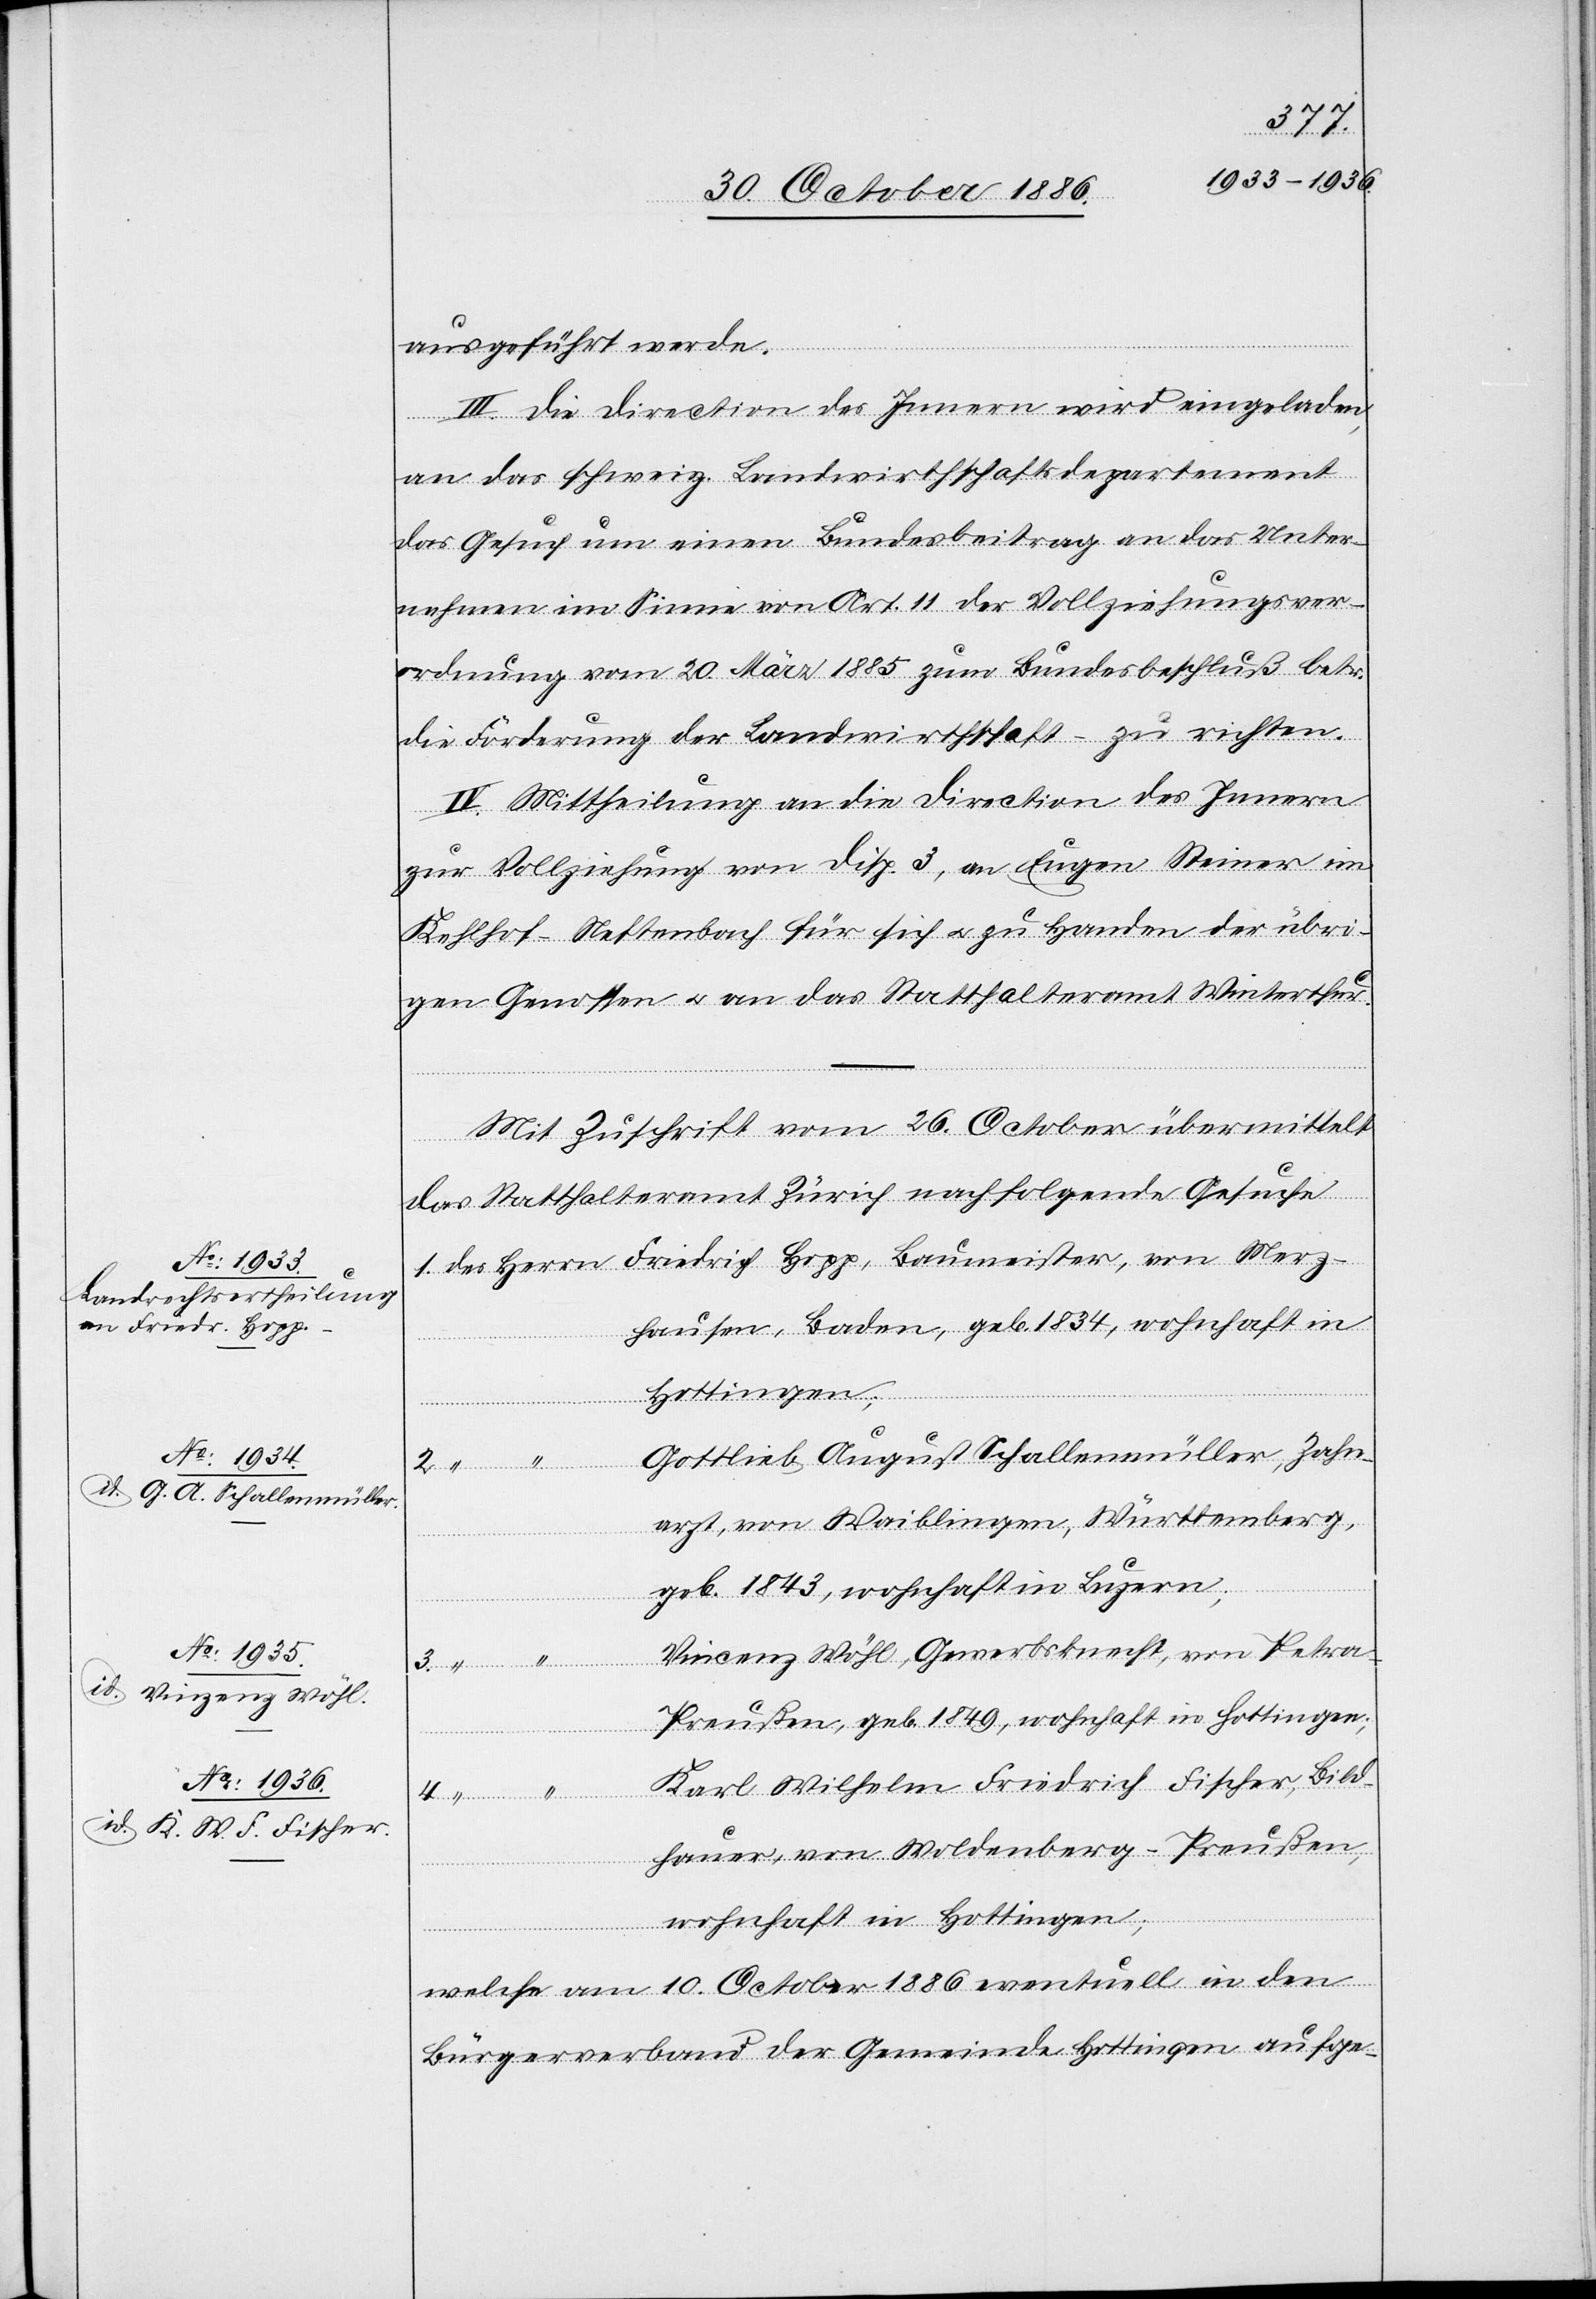
ausgeführt werde.
III. Die Direction des Innern wird eingeladen,
an das schweiz. Landwirthschaftsdepartement
das Gesuch um einen Bundesbeitrag an das Unter¬
nehmen im Sinne von Art. 11 der Vollziehungsver¬
ordnung vom 20. März 1885 zum Bundesbeschluß betr.
die Förderung der Landwirthschaft – zu richten.
IV. Mittheilung an die Direction des Innern
zur Vollziehung von Disp. 3, an Eugen Steiner im
Kehlhof - Neftenbach für sich & zu Handen der übri¬
gen Genossen & an das Statthalteramt Winterthur.
Mit Zuschrift vom 26. October übermittelt
das Statthalteramt Zürich nachfolgende Gesuche
1. des Herrn Friedrich Hopp, Baumeister, von Merz¬
hausen, Baden, geb. 1834, wohnhaft in
Hottingen;
Gottlieb August Schallenmüller, Zahn¬
arzt, von Waiblingen, Württemberg,
geb. 1843, wohnhaft in Luzern;
Vincenz Wöhl, Gewerbsknecht, von Petra
Preußen, geb. 1849, wohnhaft in Hottingen;
Herrn]
Karl Wilhelm Friedrich Fischer, Bild¬
hauer, von Woldenberg - Preußen,
wohnhaft in Hottingen;
Herrn]
welche am 10. October 1886 eventuell in den
Bürgerverband der Gemeinde Hottingen aufge-